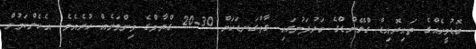
ބޮޑުމީހެއްގެ ތައިރޮއިޑް ގްލޭންޑްގެ ބަރުދަނުގައި ގާތްގަނޑަކަށް 30-20 ގްރާމްގެ މިންވަރެއް ހުރެއެވެ. އެހެންކަމުން